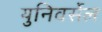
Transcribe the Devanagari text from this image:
युनिवर्सेल